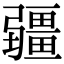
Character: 疆